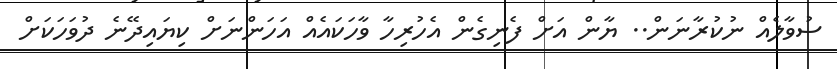
ސުވާލެއް ނުކުރާނަން.. ޔާން އަށް ފެނިގެން އެހުރިހާ ވާހަކައެއް އަހަންނަށް ކިޔައިދޭނެ ދުވަހަކަށް